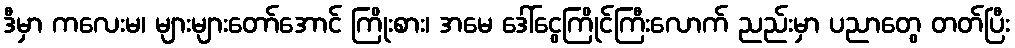
ဒီမှာ ကလေးမ၊ များများတော်အောင် ကြိုးစား၊ အမေ ဒေါ်ငွေကြိုင်ကြီးလောက် ညည်းမှာ ပညာတွေ တတ်ပြီး